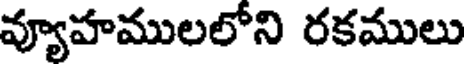
వ్యూహములలోని రకములు